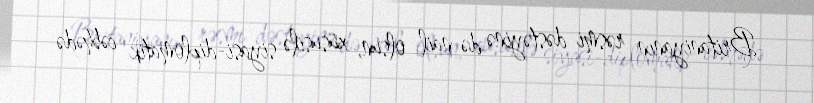
Britaniyanın rəsmi dəstəyinə də nail olsun, xüsusilə siyasi-diplomatik cəbhədə